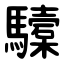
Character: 驝